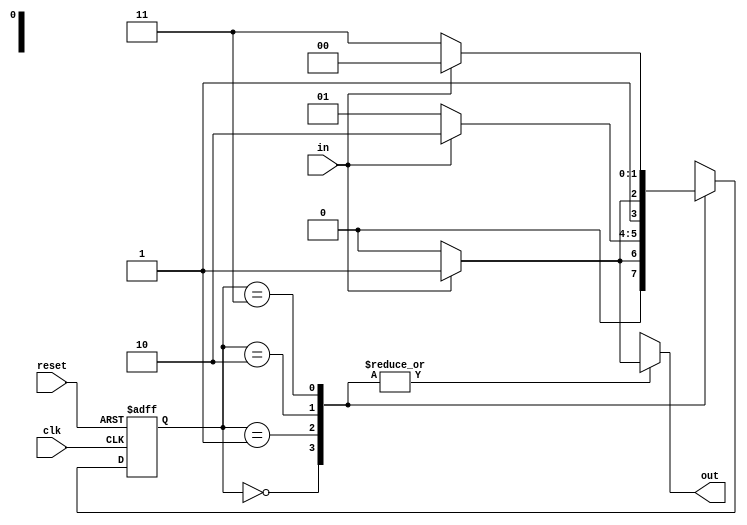
module Mealy_State_Machine (
    input clk,
    input reset,
    input in,
    output reg out
);

// State definitions
parameter S0 = 2'b00;
parameter S1 = 2'b01;
parameter S2 = 2'b10;
parameter S3 = 2'b11;

// State register
reg [1:0] state, next_state;

// Output register
reg out_reg;

always @ (posedge clk or posedge reset) begin
    if (reset) begin
        state <= S0;
        out_reg <= 1'b0;
    end else begin
        state <= next_state;
        out_reg <= out;
    end
end

// State transition logic
always @ (*) begin
    case(state)
        S0: begin
            if (in) begin
                next_state = S1;
                out = 1'b1;
            end else begin
                next_state = S0;
                out = 1'b0;
            end
        end
        S1: begin
            if (in) begin
                next_state = S2;
                out = 1'b1;
            end else begin
                next_state = S1;
                out = 1'b0;
            end
        end
        S2: begin
            if (in) begin
                next_state = S3;
                out = 1'b1;
            end else begin
                next_state = S2;
                out = 1'b0;
            end
        end
        S3: begin
            if (in) begin
                next_state = S0;
                out = 1'b1;
            end else begin
                next_state = S3;
                out = 1'b0;
            end
        end
    endcase
end

endmodule